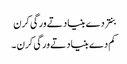
بنتر دے بنیاد تے ورگی کرن
کم دے بنیاد تے ورگی کرن ۔